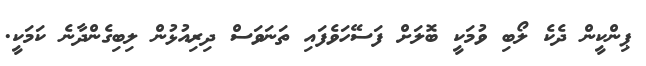
ޕިންކީން ދެކެ ލޯބި ވުމަކީ ބޮލަށް ފަސޭހަވެފައި ތަނަވަސް ދިރިއުޅުން ލިބިގެންދާނެ ކަމަކީ.